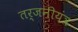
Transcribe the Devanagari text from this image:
तर्जनीयंत्र